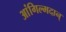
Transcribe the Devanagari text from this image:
आंगिल्मदान्